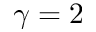
\gamma = 2